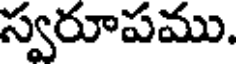
స్వరూపము.